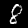
Label: 8